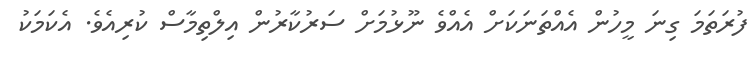
ފުރަތަމަ ގިނަ މީހުން އެއްތަނަކަށް އެއްވެ ނޫޅުމަށް ސަރުކާރުން އިލްތިމާސް ކުރިއެވެ. އެކަމަކު